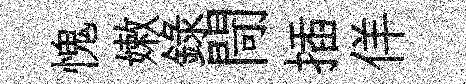
愧嫩録閜插佯